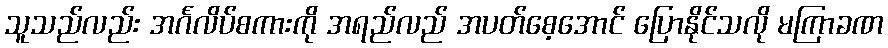
သူသည်လည်း အင်္ဂလိပ်စကားကို အရည်လည် အပတ်စေ့အောင် ပြောနိုင်သလို မကြာခဏ